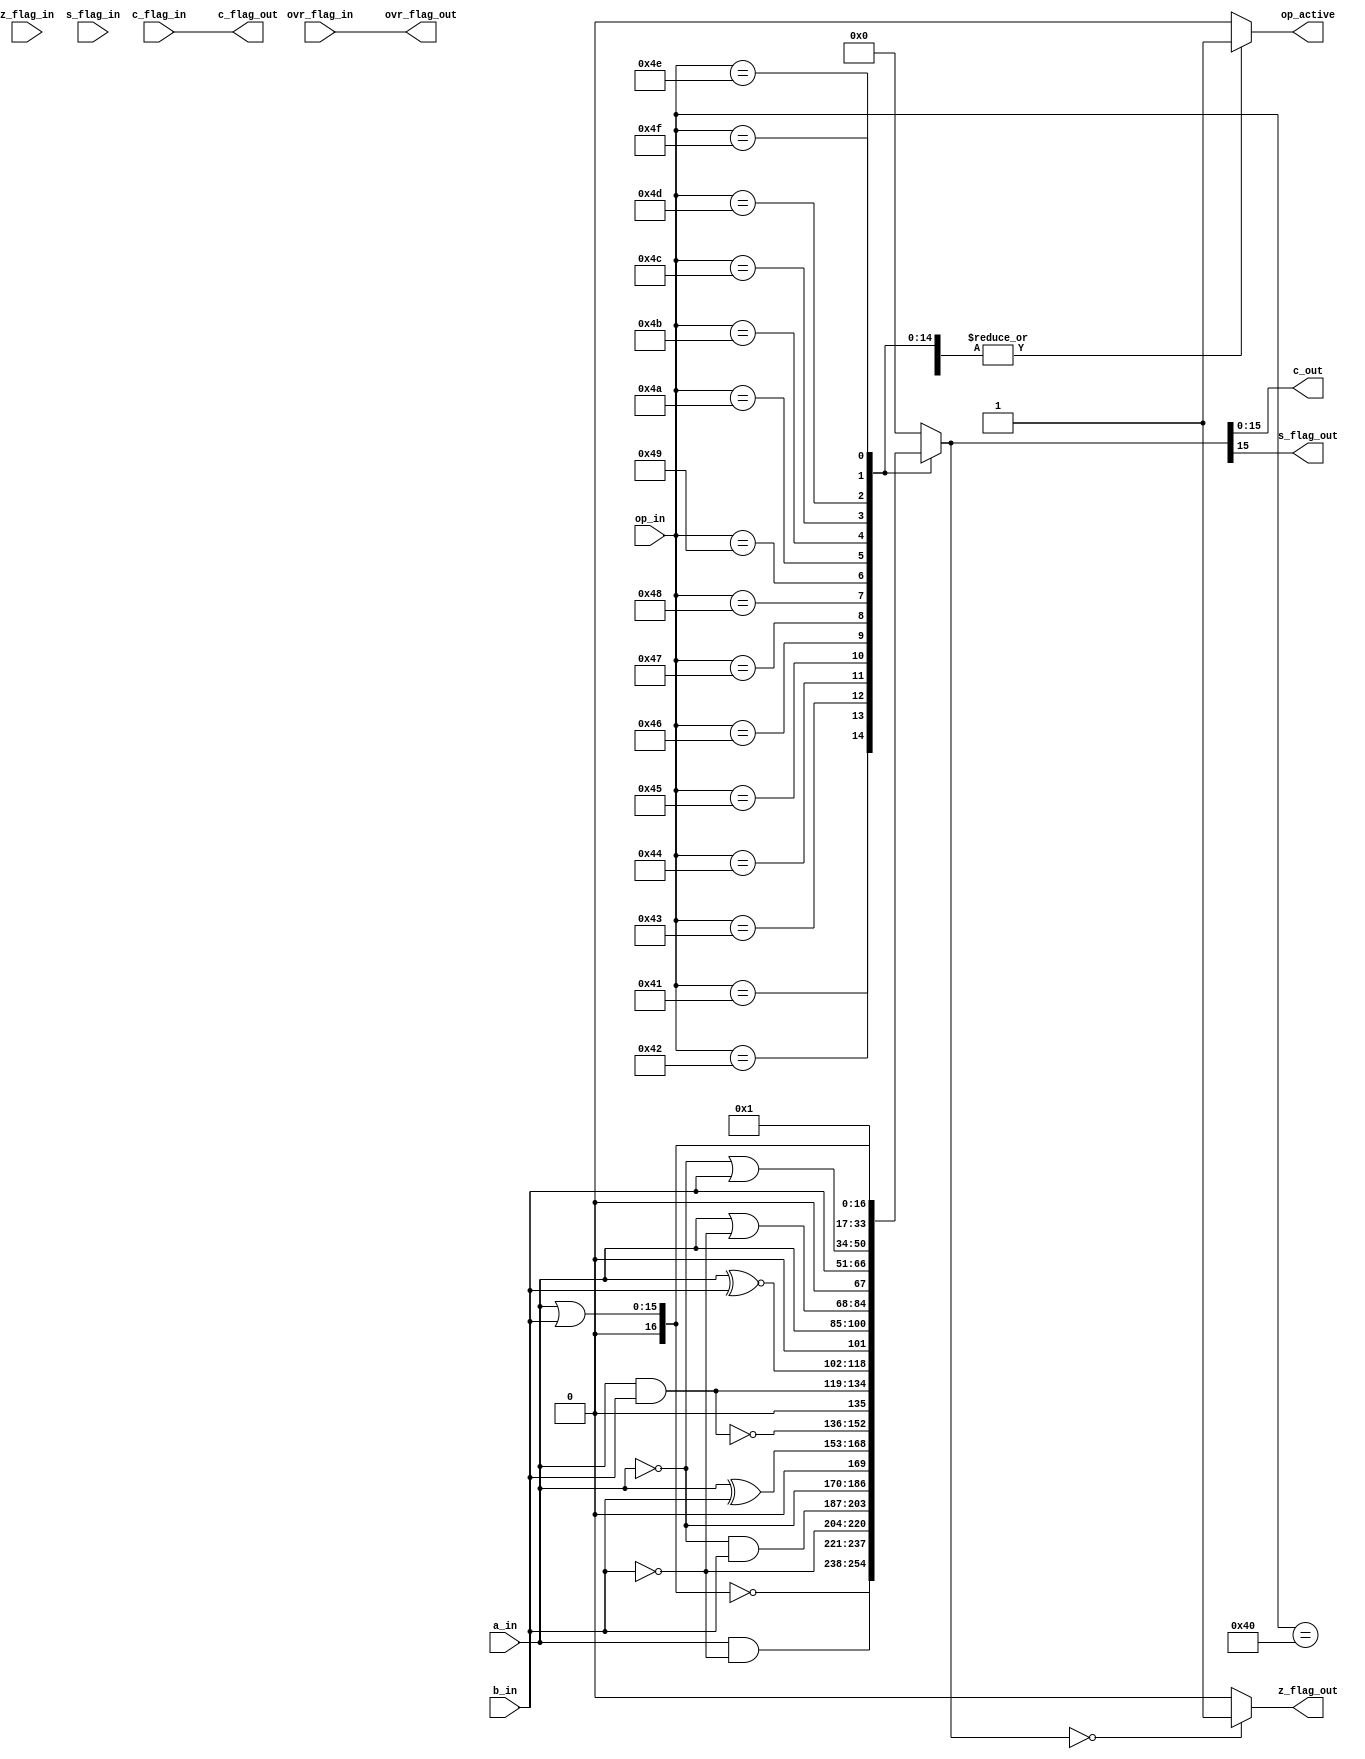
module alu_logic (
	a_in,
	b_in,
	op_in,
	z_flag_in,
	s_flag_in,
	c_flag_in,
	ovr_flag_in,
	c_out,
	z_flag_out,
	s_flag_out,
	c_flag_out,
	ovr_flag_out,
	op_active	
);
	parameter data_wl	= 16;
	parameter op_wl 	= 8;
	
	input	[data_wl-1:0] 	a_in;
	input	[data_wl-1:0]	b_in;
	input 	[op_wl	-1:0]	op_in;
	
	input 	z_flag_in;
	input 	s_flag_in;
	input 	c_flag_in;
	input 	ovr_flag_in;

	output 	[data_wl-1:0]	c_out;
	
	output 	z_flag_out;
	output 	s_flag_out;
	output 	c_flag_out;
	output 	ovr_flag_out;
	output 	op_active;

	reg 	[data_wl:0]	c_reg;
	reg 	z_flag_out;
    	reg     s_flag_out;
	reg 	op_active;
	
	// logic ops
	parameter 	I_LG_0			= 8'h40;
	parameter 	I_NOR			= 8'h41;
	parameter 	I_A_AND_NOT_B	= 8'h42;
	parameter 	I_NOT_B			= 8'h43;
	parameter 	I_NOT_A_AND_B	= 8'h44;
	parameter 	I_NOT_A			= 8'h45;
	parameter 	I_XOR			= 8'h46;
	parameter 	I_NAND			= 8'h47;
	parameter 	I_AND			= 8'h48;
	parameter 	I_XNOR			= 8'h49;
	parameter 	I_LG_A			= 8'h4A;
	parameter 	I_A_OR_NOT_B	= 8'h4B;
	parameter 	I_LG_B			= 8'h4C;
	parameter 	I_NOT_A_OR_B	= 8'h4D;
	parameter 	I_OR			= 8'h4E;
	parameter 	I_LG_1			= 8'h4F;
	
	assign 	c_flag_out	= c_flag_in;		// no change in this block
	assign 	ovr_flag_out	= ovr_flag_in;
	
	always @ (op_in or a_in or b_in)
	begin
	
		op_active = 1'b0;
		case(op_in)
		
			I_LG_0:
				begin
					c_reg = 0;
					op_active = 1'b1;
				end
			I_NOR:	
				begin
					c_reg = ~(a_in | b_in);
					op_active = 1'b1;
				end
			I_A_AND_NOT_B:	
				begin
					c_reg = a_in & (~b_in);
					op_active = 1'b1;
				end
			I_NOT_B:
				begin
					c_reg = (~b_in);
					op_active = 1'b1;
				end
			I_NOT_A_AND_B:	
				begin
					c_reg = (~a_in) & b_in;
					op_active = 1'b1;
				end
			I_NOT_A:		
				begin
					c_reg = (~a_in);
					op_active = 1'b1;
				end
			I_XOR:		
				begin
					c_reg = a_in ^ b_in;
					op_active = 1'b1;
				end
			I_NAND:			
				begin
					c_reg = ~(a_in & b_in);
					op_active = 1'b1;
				end
			I_AND:			
				begin
					c_reg = a_in & b_in;
					op_active = 1'b1;
				end
			I_XNOR:		
				begin
					c_reg = a_in ^~ b_in;
					op_active = 1'b1;
				end
			I_LG_A:		
				begin
					c_reg = a_in;
					op_active = 1'b1;
				end
			I_A_OR_NOT_B:	
				begin
					c_reg = a_in | (~b_in);
					op_active = 1'b1;
				end
			I_LG_B:			
				begin
					c_reg = b_in;
					op_active = 1'b1;
				end
			I_NOT_A_OR_B:	
				begin
					c_reg = (~a_in) | b_in;
					op_active = 1'b1;
				end
			I_OR:			
				begin
					c_reg = a_in | b_in;
					op_active = 1'b1;
				end
			I_LG_1:			
				begin
					c_reg = 1;
					op_active = 1'b1;
				end
				
			default:
				begin
					c_reg = 0;
				end
		endcase
		
		if (c_reg == 0)
			z_flag_out = 1'b1;
		else
			z_flag_out = 1'b0;
		
		s_flag_out 	=  c_reg[data_wl-1];
	end
	
	assign c_out = c_reg;
		
	
	
endmodule